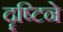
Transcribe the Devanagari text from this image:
दॄष्टिने